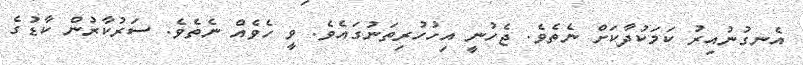
އެނގުނުއިރު ކަމަކުދާކަށް ނެތެވެ. ޖެހުނީ އިހުހުރިތަނުގައެވެ. ވީ ހެވެއް ނެތެވެ. ސަރުކާރުން ކާޑުގެ